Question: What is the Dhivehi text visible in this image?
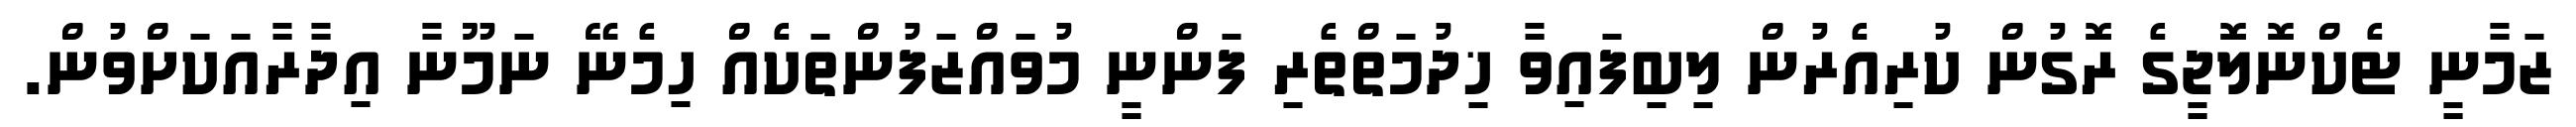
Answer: ޒަމާނީ ޓެކްނޮލޮޖީގެ ރޮގުން ކުރިއެރުން ލިބިފައިވާ ޚިދުމަތްތެރި ފަންނީ މުވައްޒަފުންތަކެއް ހިމެނޭ ނަމޫނާ އިދާރާއަކަށްވުން.